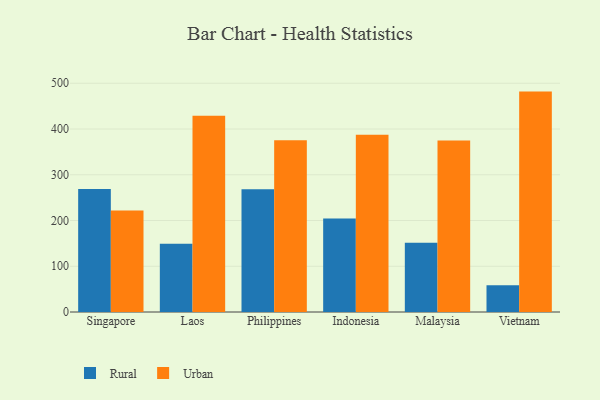
{"axis": {"x": "Country", "y": "Operating Costs (USD K)"}, "legend": ["Rural", "Urban"], "data": [{"x": "Singapore", "y": 268.8, "type": "Rural"}, {"x": "Singapore", "y": 222.1, "type": "Urban"}, {"x": "Laos", "y": 149.4, "type": "Rural"}, {"x": "Laos", "y": 428.8, "type": "Urban"}, {"x": "Philippines", "y": 268.3, "type": "Rural"}, {"x": "Philippines", "y": 375.5, "type": "Urban"}, {"x": "Indonesia", "y": 204.4, "type": "Rural"}, {"x": "Indonesia", "y": 387.7, "type": "Urban"}, {"x": "Malaysia", "y": 151.3, "type": "Rural"}, {"x": "Malaysia", "y": 375.0, "type": "Urban"}, {"x": "Vietnam", "y": 58.4, "type": "Rural"}, {"x": "Vietnam", "y": 481.8, "type": "Urban"}]}